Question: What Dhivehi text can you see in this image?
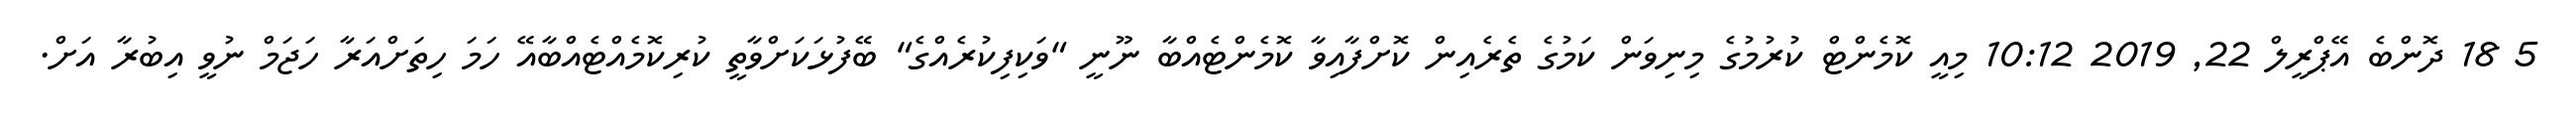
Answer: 5 18 ދޮންބެ އޭޕްރީލް 22, 2019 10:12 މިއީ ކޮމެންޓް ކުރުމުގެ މިނިވަން ކަމުގެ ތެރެއިން ކޮށްފާއިވާ ކޮމެންޓެއްބާ ނޫނީ "ވަކިފިކުރެއްގެ" ބޭފުޅަކަށްވާތީ ކުރިކޮމެއްޓެއްބާއޭ ހަމަ ހިތަށްއަރާ ހަޖަމް ނުވީ އިބުރާ އަށް.